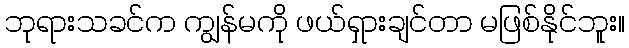
ဘုရားသခင်က ကျွန်မကို ဖယ်ရှားချင်တာ မဖြစ်နိုင်ဘူး။